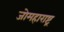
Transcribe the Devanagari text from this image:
जोमहाराष्ट्र